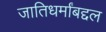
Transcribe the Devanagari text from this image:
जातिधर्मांबद्दल